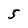
Character: 5